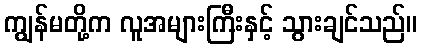
ကျွန်မတို့က လူအများကြီးနှင့် သွားချင်သည်။